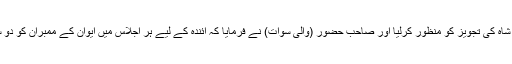
سب نے متفقہ طور پر عبدالجبار شاہ کی تجویز کو منظور کرلیا اور صاحب حضور (والیِ سوات) نے فرمایا کہ آئندہ کے لیے ہر اجلاس میں ایوان کے ممبران کو دو سو روپیہ فی اجلاس دیا جائے گا۔